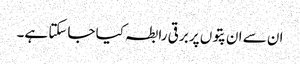
ان سے ان پتوں پر برقی رابطہ کیا جاسکتا ہے۔